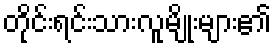
တိုင်းရင်းသားလူမျိုးများ၏